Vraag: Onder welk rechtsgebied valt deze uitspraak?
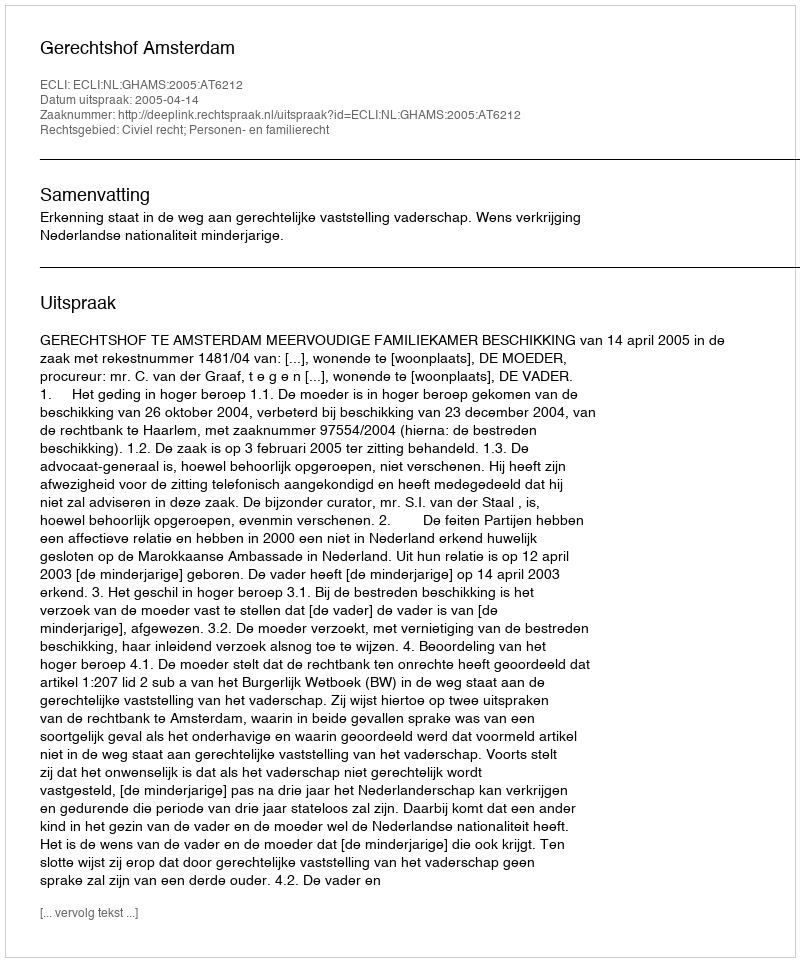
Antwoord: Civiel recht; Personen- en familierecht